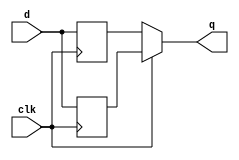
module top_module (
    input clk,
    input d,
    output q
);

    wire buff_0, buff_1;
    
    always @(posedge clk)
        buff_0 <= d;
    always @(negedge clk)
        buff_1 <= d;
    
    assign q = clk ? buff_0 : buff_1;
    
endmodule